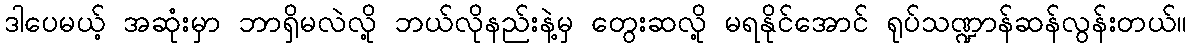
ဒါပေမယ့် အဆုံးမှာ ဘာရှိမလဲလို့ ဘယ်လိုနည်းနဲ့မှ တွေးဆလို့ မရနိုင်အောင် ရုပ်သဏ္ဍာန်ဆန်လွန်းတယ်။